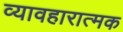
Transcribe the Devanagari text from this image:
व्यावहारात्मक